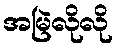
အမြဲလိုလို